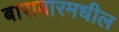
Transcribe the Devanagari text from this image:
बाराबारमधील